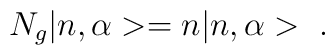
N_g  | n, \alpha > = n  | n , \alpha >~.